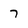
Character: 7